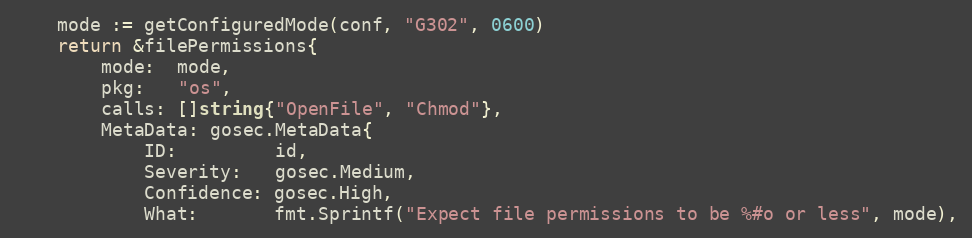
Language: Go
	mode := getConfiguredMode(conf, "G302", 0600)
	return &filePermissions{
		mode:  mode,
		pkg:   "os",
		calls: []string{"OpenFile", "Chmod"},
		MetaData: gosec.MetaData{
			ID:         id,
			Severity:   gosec.Medium,
			Confidence: gosec.High,
			What:       fmt.Sprintf("Expect file permissions to be %#o or less", mode),